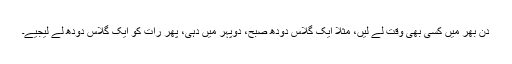
دن بھر میں کسی بھی وقت لے لیں، مثلاً ایک گلاس دودھ صبح، دوپہر میں دہی، پھر رات کو ایک گلاس دودھ لے لیجیے۔